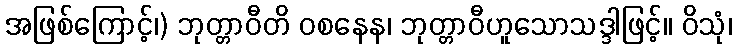
အဖြစ်ကြောင့်၊) ဘုတ္တာဝီတိ ဝစနေန၊ ဘုတ္တာဝီဟူသောသဒ္ဒါဖြင့်။ ဝိသုံ၊